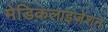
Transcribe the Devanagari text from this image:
मेडिकलाइज़ेशन